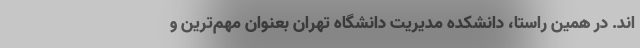
اند. در همین راستا، دانشکده مدیریت دانشگاه تهران بعنوان مهم‌ترین و